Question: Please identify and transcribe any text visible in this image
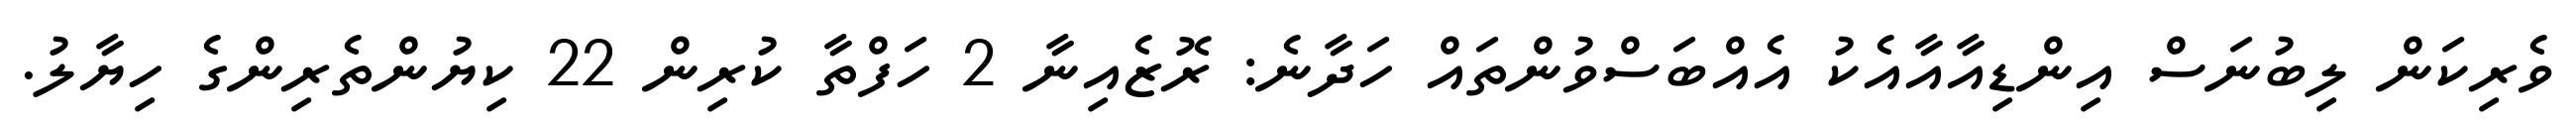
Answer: ވެރިކަން ލިބުނަސް އިންޑިއާއާއެކު އެއްބަސްވުންތައް ހަދާނެ: ރޮޒެއިނާ 2 ހަފްތާ ކުރިން 22 ކިޔުންތެރިންގެ ހިޔާލު.